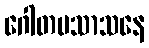
ဂေါတမသာသနေ